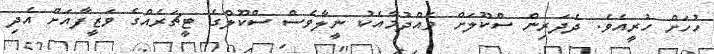
ހުހަށް ހުރީއެވެ. ދެދަރިން ސްކޫލަށް ވެއްދުމާއެކު ނީލާވެސް ސްކޫލްގެ ޓީޗަރެއްގެ ވަޒީފާއަށް އެދި